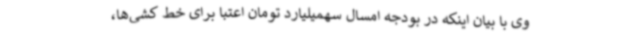
وی با بیان اینکه در بودجه امسال سهمیلیارد تومان اعتبا برای خط کشی‌ها،